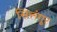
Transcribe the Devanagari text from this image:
सिलंगूर